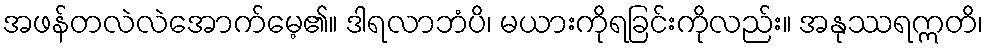
အဖန်တလဲလဲအောက်မေ့၏။ ဒါရလာဘံပိ၊ မယားကိုရခြင်းကိုလည်း။ အနုဿရဣတိ၊